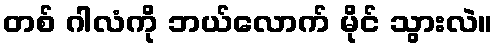
တစ် ဂါလံကို ဘယ်လောက် မိုင် သွားလဲ။